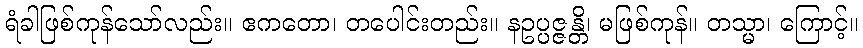
ရံခါဖြစ်ကုန်သော်လည်း။ ဧကတော၊ တပေါင်းတည်း။ နဥပ္ပဇ္ဇန္တိ၊ မဖြစ်ကုန်။ တသ္မာ၊ ကြောင့်။